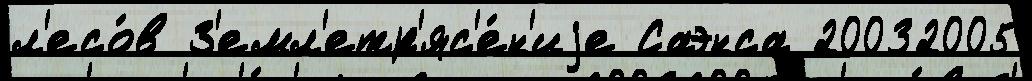
л'есо́в З'емл'етр'яс'е́н'иjе Саэнса 20032005